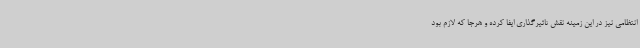
انتظامی نیز در این زمینه نقش تاثیرگذاری ایفا کرده و هرجا که لازم بود